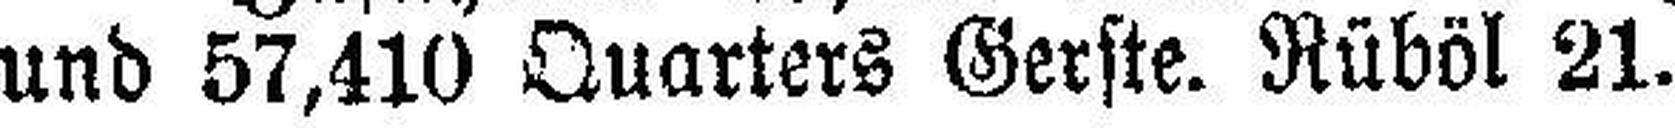
und 57,410 Quarters Gerste. Rüböl 21.